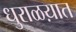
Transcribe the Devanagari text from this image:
धुराळय़ात